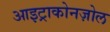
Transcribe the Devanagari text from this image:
आइट्राकोनज़ोल